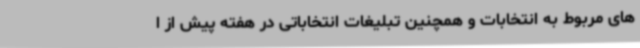
های مربوط به انتخابات و همچنین تبلیغات انتخاباتی در هفته پیش از ا